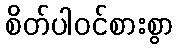
စိတ်ပါဝင်စားစွာ